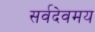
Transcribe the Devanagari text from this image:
सर्वदेवमय